Scottish Education Department, 1936
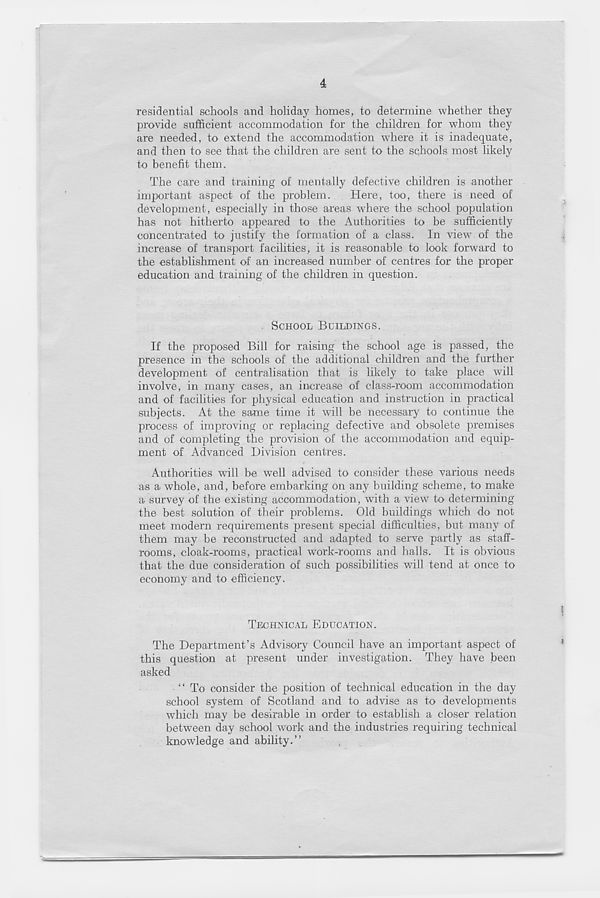
4
residential schools and holiday homes, to determine whether they
provide sufficient accommodation for the children for whom they
are needed, to extend the accommodation where it is inadequate,
and then to see that the children are sent to the schools most likely
to benefit them.
The care and training of mentally defective children is another
important aspect of the problem.
Here, too, there is need of
development, especially in those areas where the school population
has not hitherto appeared to the Authorities to be sufficiently
concentrated to justify the formation of a class. In view of the
increase of transport facilities, it is reasonable to look forward to
the establishment of an increased number of centres for the proper
education and training of the children in question.
SCHOOL BUILDINGS.
If the proposed Bill for raising the school age is passed, the
presence in the schools of the additional children and the further
development of centralisation that is likely to take place will
involve, in many cases, an increase of class-room accommodation
and of facilities for physical education and instruction in practical
subjects. At the same time it will be necessary to continue the
process of improving or replacing defective and obsolete premises
and of completing the provision of the accommodation and equip-
ment of Advanced Division centres.
Authorities will be well advised to consider these various needs
as a whole, and, before embarking on any building scheme, to make
a survey of the existing accommodation, with a view to determining
the best solution of their problems. Old buildings which do not
meet modern requirements present special difficulties, but many of
them may be reconstructed and adapted to serve partly as staff-
rooms, cloak-rooms, practical work-rooms and halls. It is obvious
that the due consideration of such possibilities will tend at once to
economy and to efficiency.
TECHNICAL EDUCATION.
The Department’s Advisory Council have an important aspect of
this question at present under investigation. They have been
asked
“ To consider the position of technical education in the day
school system of Scotland and to advise as to developments
which may be desirable in order to establish a closer relation
between day school w r ork and the industries requiring technical
knowledge and ability.”